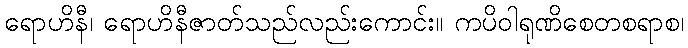
ရောဟိနီ၊ ရောဟိနီဇာတ်သည်လည်းကောင်း။ ကပိဝါရုဏိစေတစရာစ၊